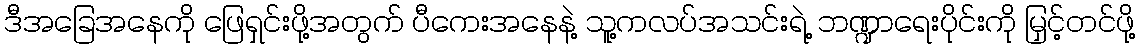
ဒီအခြေအနေကို ဖြေရှင်းဖို့အတွက် ပီကေးအနေနဲ့ သူ့ကလပ်အသင်းရဲ့ ဘဏ္ဍာရေးပိုင်းကို မြှင့်တင်ဖို့